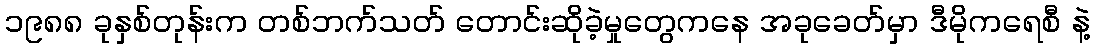
၁၉၈၈ ခုနှစ်တုန်းက တစ်ဘက်သတ် တောင်းဆိုခဲ့မှုတွေကနေ အခုခေတ်မှာ ဒီမိုကရေစီ နဲ့